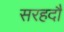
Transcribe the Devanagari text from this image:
सरहदौं